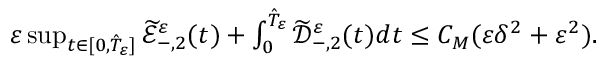
\begin{array} { r } { \varepsilon \operatorname* { s u p } _ { t \in [ 0 , \hat { T } _ { \varepsilon } ] } \widetilde { \mathscr E } _ { - , 2 } ^ { \varepsilon } ( t ) + \int _ { 0 } ^ { \hat { T } _ { \varepsilon } } \widetilde { \mathscr D } _ { - , 2 } ^ { \varepsilon } ( t ) d t \leq C _ { M } ( \varepsilon \delta ^ { 2 } + \varepsilon ^ { 2 } ) . } \end{array}